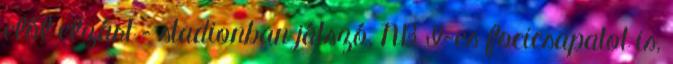
elől elzárt – stadionban játszó, NB I-es focicsapatot is,